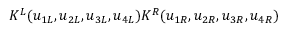
K ^ { L } ( u _ { 1 L } , u _ { 2 L } , u _ { 3 L } , u _ { 4 L } ) K ^ { R } ( u _ { 1 R } , u _ { 2 R } , u _ { 3 R } , u _ { 4 R } )